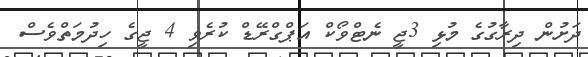
ދަށުން ދިރާގުގެ މުޅި 3ޖީ ނެޓްވޯކް އަޕްގްރޭޑް ކުރެވި 4 ޖީގެ ހިދުމަތްވެސް